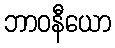
ဘာဝနီယော